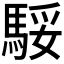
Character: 𩣧